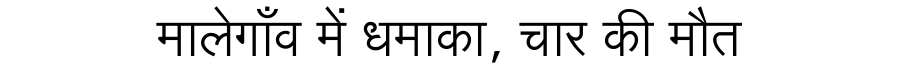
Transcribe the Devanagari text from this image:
मालेगाँव में धमाका, चार की मौत